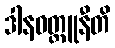
ဒါနဝတ္ထူနီတိ